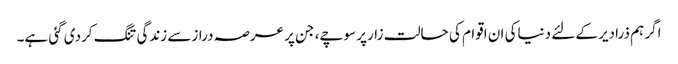
اگر ہم ذرادیرکے لئے دنیاکی ان اقوام کی حالت زارپر سوچے، جن پر عرصہ درازسے زندگی تنگ کردی گئی ہے۔